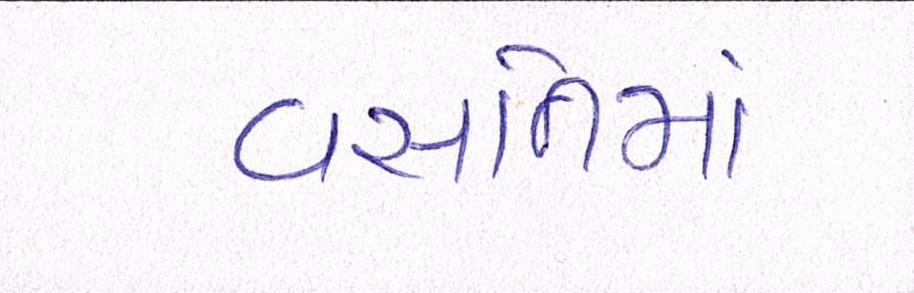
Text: વસતિમાં